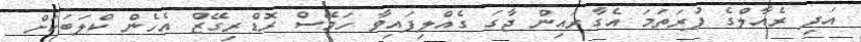
އަދި ރެއާލްގެ ފުރަތަމަ އެގާރައިން ޖާގަ ގެއްލިފައިވާ ހަމޭސް ރޮޑްރިގޭޒް އެހެން ކްލަބަކަށް